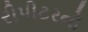
રીપીટરનો